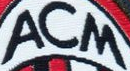
ACM